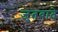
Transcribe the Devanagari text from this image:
जुतवाते